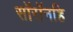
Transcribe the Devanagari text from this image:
सॉरॉनहि